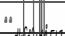
٣١